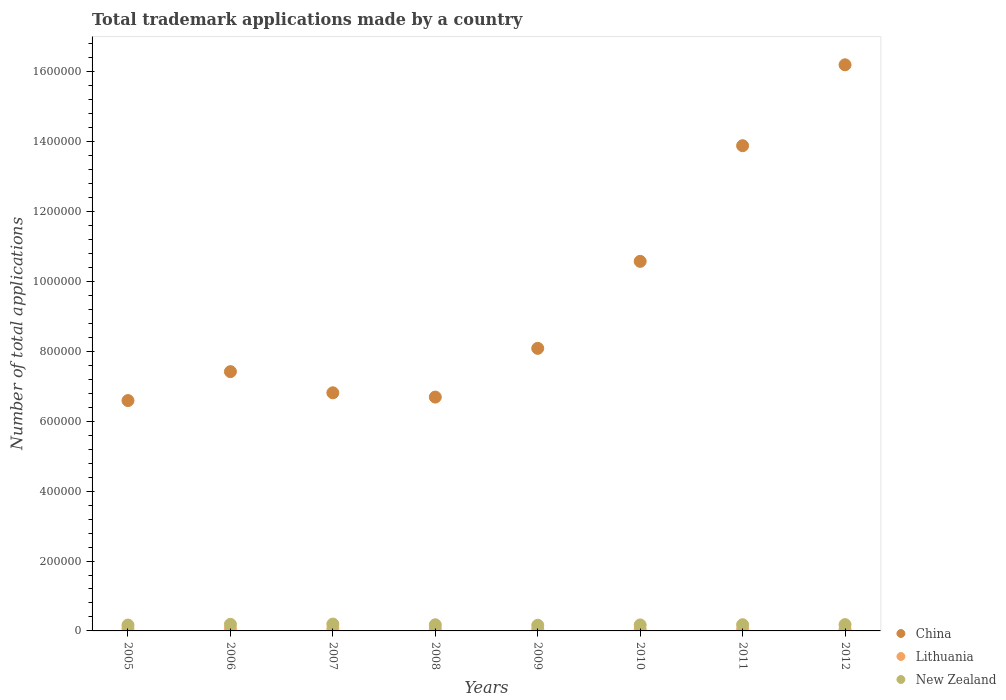
| Years | China | Lithuania | New Zealand |
 | --- | --- | --- | --- |
 | 2005 | 6.59e+05 | 6.3e+03 | 1.68e+04 |
 | 2006 | 7.42e+05 | 6.37e+03 | 1.88e+04 |
 | 2007 | 6.81e+05 | 6.44e+03 | 1.96e+04 |
 | 2008 | 6.69e+05 | 6.33e+03 | 1.76e+04 |
 | 2009 | 8.09e+05 | 4.46e+03 | 1.62e+04 |
 | 2010 | 1.06e+06 | 4.27e+03 | 1.71e+04 |
 | 2011 | 1.39e+06 | 4.32e+03 | 1.77e+04 |
 | 2012 | 1.62e+06 | 4.22e+03 | 1.8e+04 |